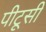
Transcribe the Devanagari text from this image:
पीटूसी